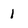
Character: 1